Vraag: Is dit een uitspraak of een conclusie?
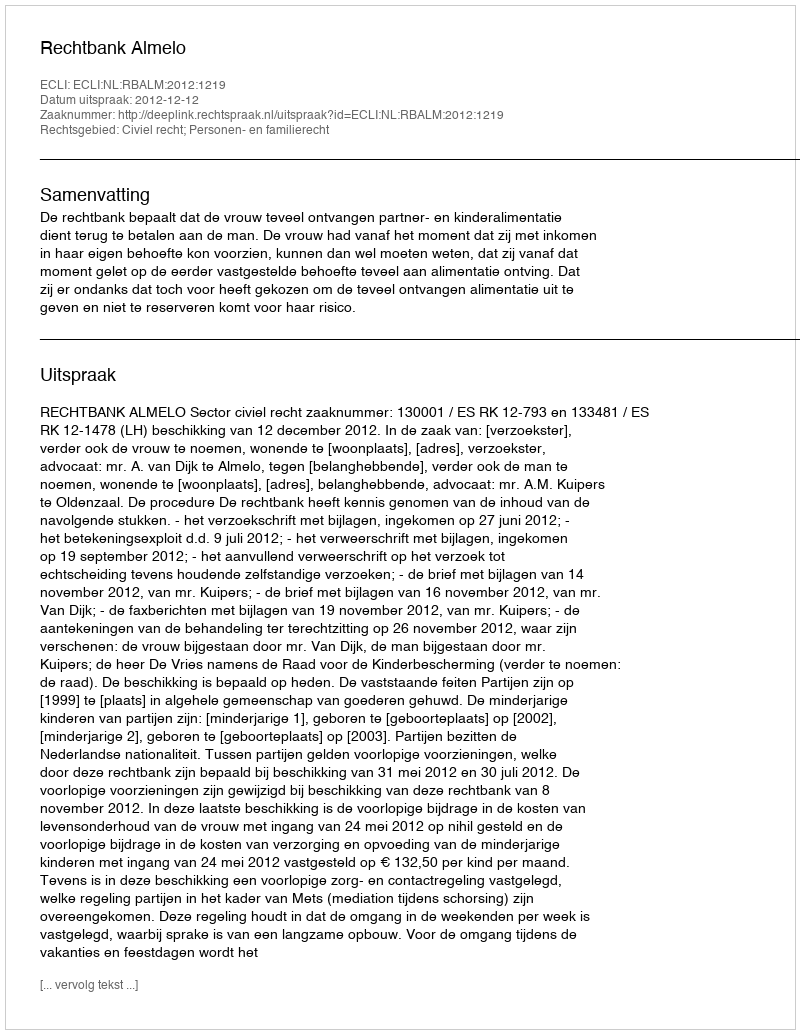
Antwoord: Uitspraak